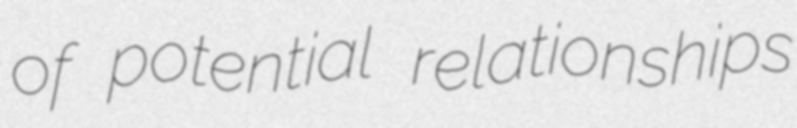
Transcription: of potential relationships